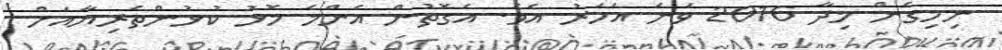
ނިމިގެން މިދާ 2016 ވަނަ އަހަރު އެވެ. އެގޮތުން އެންމެ މޮޅު ކުޅުންތެރިޔާއަށް